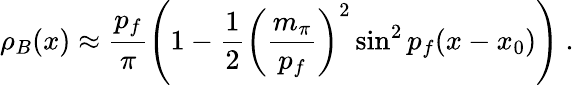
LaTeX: \rho_{B}(x)\approx\frac{p_{f}}{\pi}\left(1-\frac{1}{2}\left(\frac{m_{\pi}}{p_{f}}\right)^{2}\sin^{2}p_{f}(x-x_{0})\right)\ .